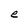
Character: e